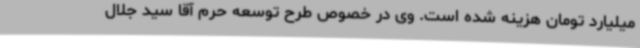
میلیارد تومان هزینه شده است. وی در خصوص طرح توسعه حرم آقا سید جلال